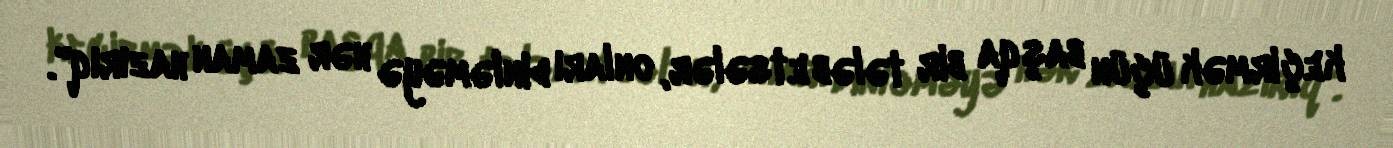
keçirmək üçün başqa bir tələb etsələr, onları dinləməyə hər zaman hazırıq".